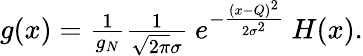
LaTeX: \begin{array}{r}{g(x)=\frac{1}{g_{N}}\frac{1}{\sqrt{2\pi}\sigma}\ e^{-\frac{(x-Q)^{2}}{2\sigma^{2}}}\ H(x).}\end{array}